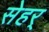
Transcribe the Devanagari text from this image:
सेहर्